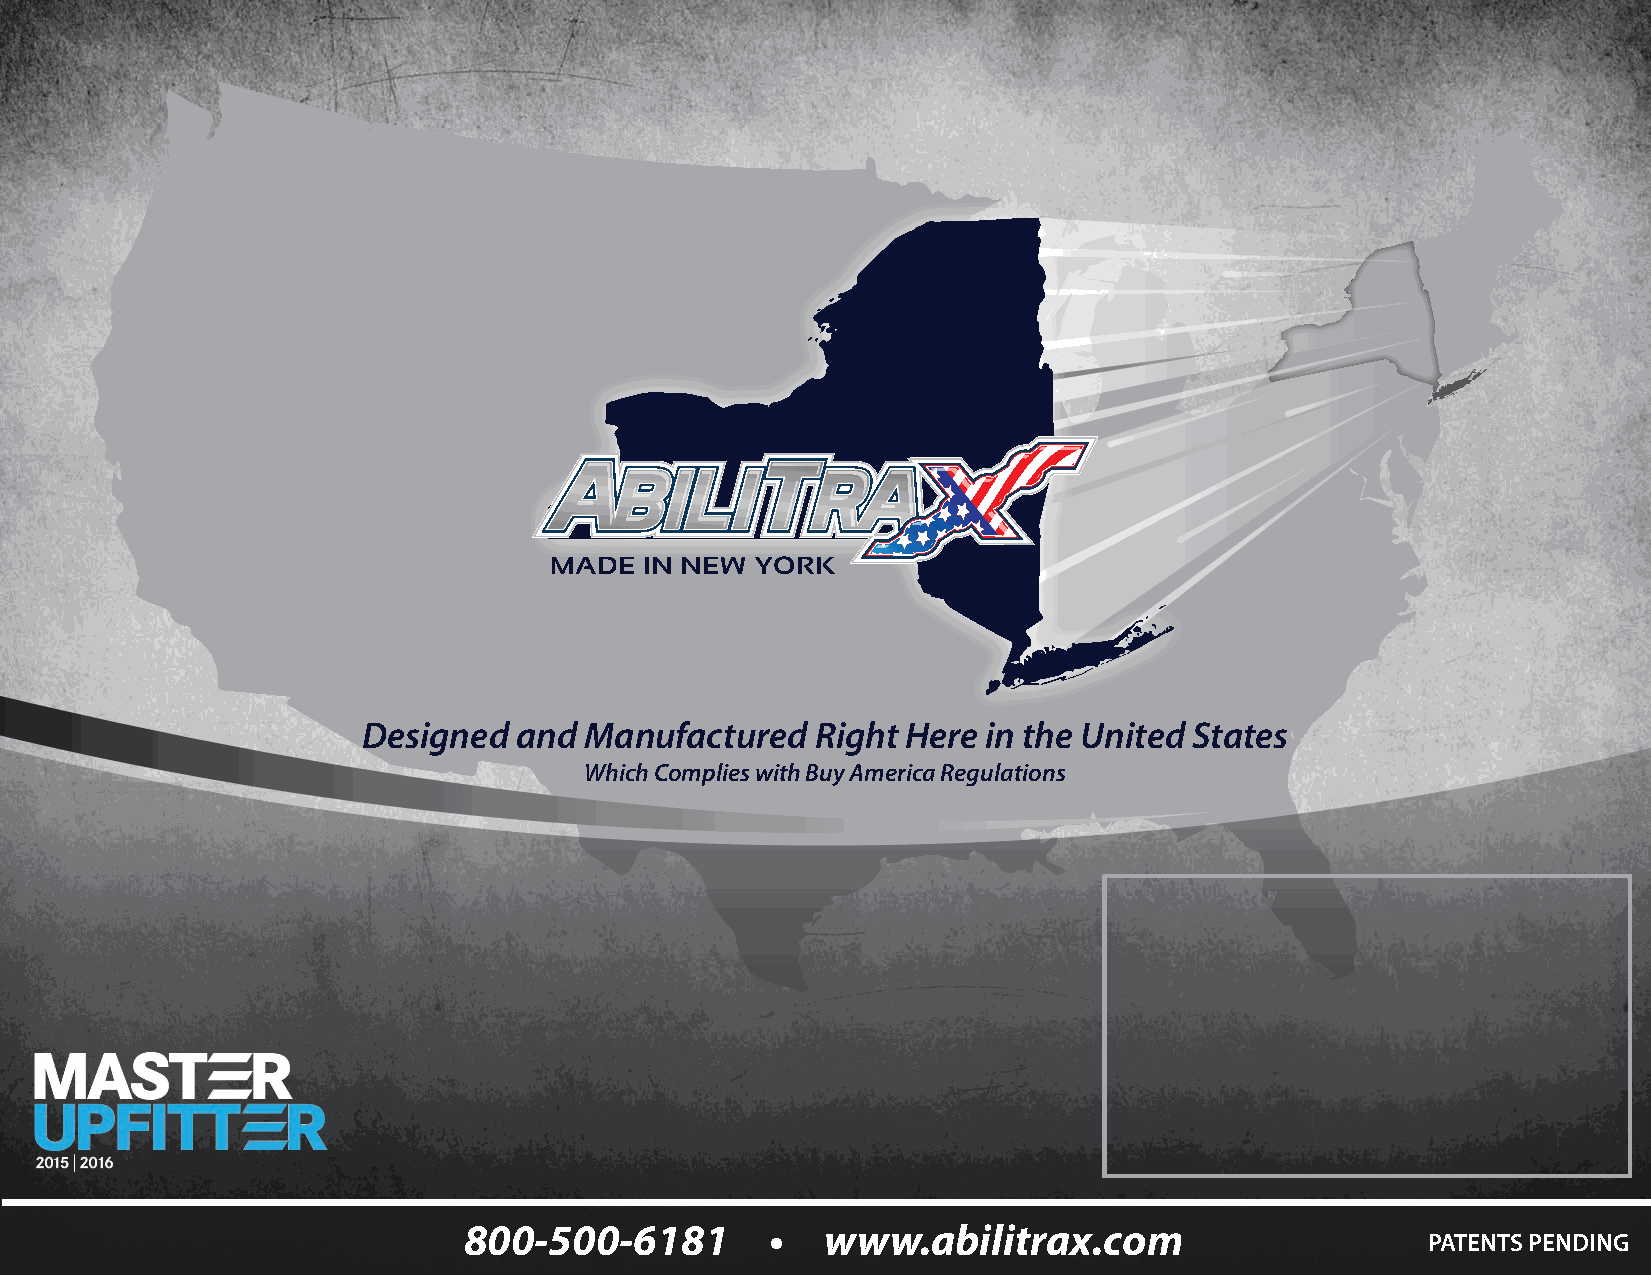
MADE   IN NEW YORK
 Designed  and  Manufactured   Right Here in the United States
 Which Complies with Buy America Regulations
 800-500-6181        •   www.abilitrax.com
 PATENTS PENDING